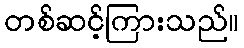
တစ်ဆင့်ကြားသည်။